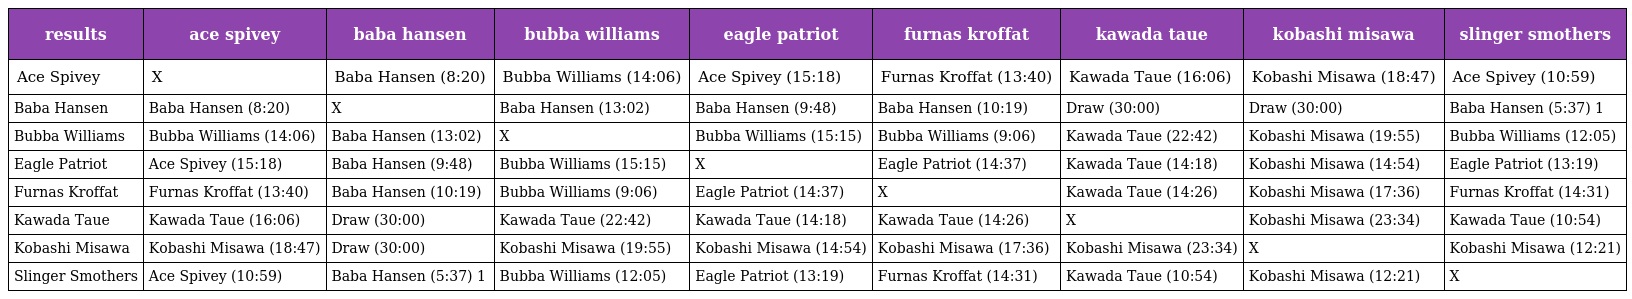
| results | ace spivey | baba hansen | bubba williams | eagle patriot | furnas kroffat | kawada taue | kobashi misawa | slinger smothers |
 | --- | --- | --- | --- | --- | --- | --- | --- | --- |
 | Ace Spivey | X | Baba Hansen (8:20) | Bubba Williams (14:06) | Ace Spivey (15:18) | Furnas Kroffat (13:40) | Kawada Taue (16:06) | Kobashi Misawa (18:47) | Ace Spivey (10:59) |
 | Baba Hansen | Baba Hansen (8:20) | X | Baba Hansen (13:02) | Baba Hansen (9:48) | Baba Hansen (10:19) | Draw (30:00) | Draw (30:00) | Baba Hansen (5:37) 1 |
 | Bubba Williams | Bubba Williams (14:06) | Baba Hansen (13:02) | X | Bubba Williams (15:15) | Bubba Williams (9:06) | Kawada Taue (22:42) | Kobashi Misawa (19:55) | Bubba Williams (12:05) |
 | Eagle Patriot | Ace Spivey (15:18) | Baba Hansen (9:48) | Bubba Williams (15:15) | X | Eagle Patriot (14:37) | Kawada Taue (14:18) | Kobashi Misawa (14:54) | Eagle Patriot (13:19) |
 | Furnas Kroffat | Furnas Kroffat (13:40) | Baba Hansen (10:19) | Bubba Williams (9:06) | Eagle Patriot (14:37) | X | Kawada Taue (14:26) | Kobashi Misawa (17:36) | Furnas Kroffat (14:31) |
 | Kawada Taue | Kawada Taue (16:06) | Draw (30:00) | Kawada Taue (22:42) | Kawada Taue (14:18) | Kawada Taue (14:26) | X | Kobashi Misawa (23:34) | Kawada Taue (10:54) |
 | Kobashi Misawa | Kobashi Misawa (18:47) | Draw (30:00) | Kobashi Misawa (19:55) | Kobashi Misawa (14:54) | Kobashi Misawa (17:36) | Kobashi Misawa (23:34) | X | Kobashi Misawa (12:21) |
 | Slinger Smothers | Ace Spivey (10:59) | Baba Hansen (5:37) 1 | Bubba Williams (12:05) | Eagle Patriot (13:19) | Furnas Kroffat (14:31) | Kawada Taue (10:54) | Kobashi Misawa (12:21) | X |